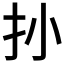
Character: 𱟪